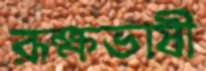
রূক্ষভাষী